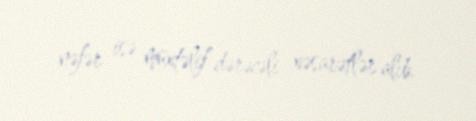
nəfər isə müxtəlif dərəcəli xəsarətlər alıb.